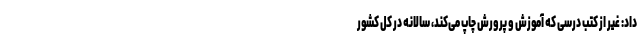
داد: غیر از کتب درسی که آموزش و پرورش چاپ می‌کند، سالانه در کل کشور